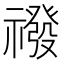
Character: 𮂛